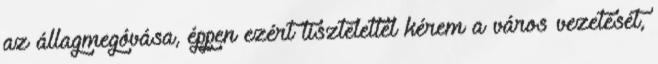
az állagmegóvása, éppen ezért tisztelettel kérem a város vezetését,